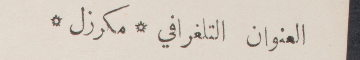
العنوان التلغرافي مكرزل